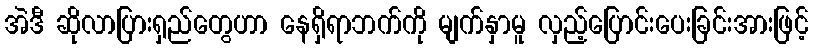
အဲဒီ ဆိုလာပြားရှည်တွေဟာ နေရှိရာဘက်ကို မျက်နှာမူ လှည့်ပြောင်းပေးခြင်းအားဖြင့်